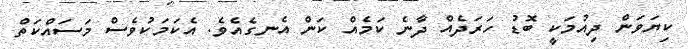
ކިޔަވަން ދިއުމަކީ ބޮޑު ހަރަދެއް ދާނެ ކަމެއް ކަން އެނގެއެވެ. އެކަމަކުވެސް މަސައްކަތް